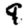
Digit: 9